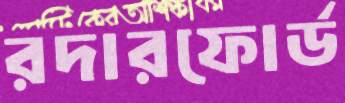
রদারফোর্ড